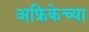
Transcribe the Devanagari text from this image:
अफ्रिकेच्या